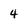
Character: 4